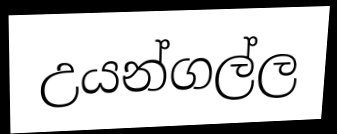
උයන්ගල්ල